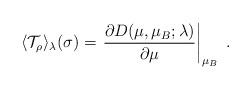
LaTeX: \begin{align*}\langle\mathcal{T}_{\rho}\rangle_{\lambda}(\sigma)=\left.\frac{\partial D(\mu,\mu_B;\lambda)}{\partial\mu}\right|_{\mu_B}\ .\end{align*}